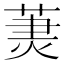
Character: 𦳒